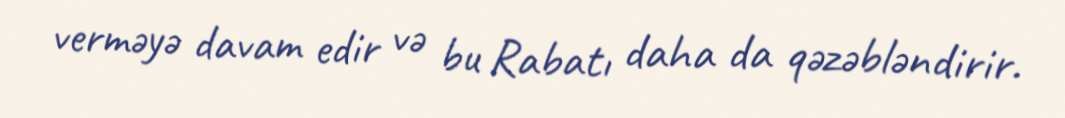
verməyə davam edir və bu Rabatı daha da qəzəbləndirir.